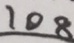
1 0 8